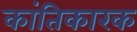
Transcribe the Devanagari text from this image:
कांतिकारक